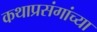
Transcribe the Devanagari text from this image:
कथाप्रसंगांच्या